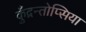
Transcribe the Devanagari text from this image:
कुँद्रन्तोप्सिया